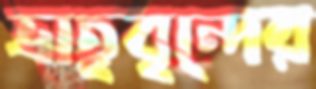
ভ্রাতৃবৃন্দের